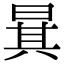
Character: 𣇳